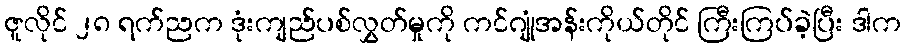
ဇူလိုင် ၂၈ ရက်ညက ဒုံးကျည်ပစ်လွှတ်မှုကို ကင်ဂျုံအန်းကိုယ်တိုင် ကြီးကြပ်ခဲ့ပြီး ဒါက